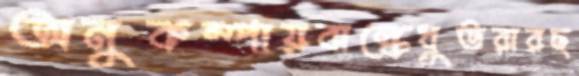
অনুকম্পায়বাল্কেধুতরারছ